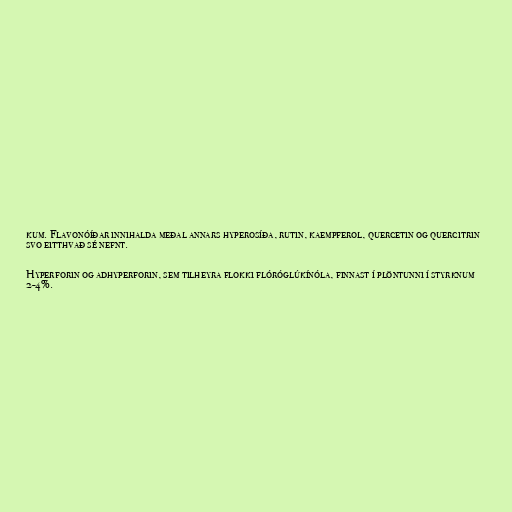
kum. Flavonóíðar innihalda meðal annars hyperosíða, rutin, kaempferol, quercetin og quercitrin
svo eitthvað sé nefnt.

Hyperforin og adhyperforin, sem tilheyra flokki flóróglúkínóla, finnast í plöntunni í styrknum
2-4%.